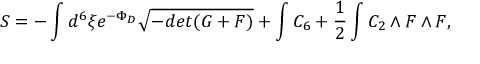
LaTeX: S = - \int d ^ { 6 } \xi e ^ { - \Phi _ { D } } \sqrt { - d e t ( G + F ) } + \int C _ { 6 } + { \frac { 1 } { 2 } } \int C _ { 2 } \wedge F \wedge F ,